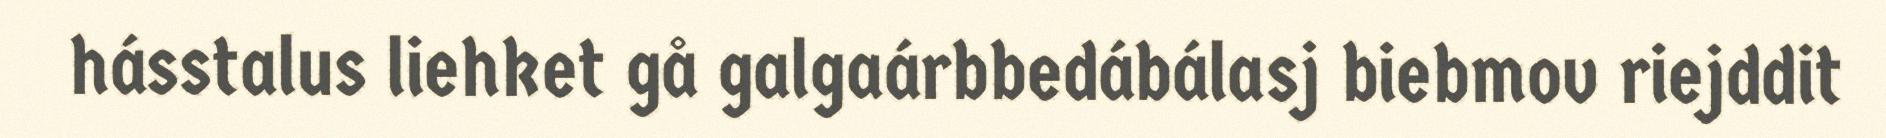
hásstalus liehket gå galgaárbbedábálasj biebmov riejddit